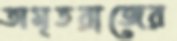
অমৃতরাজের